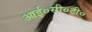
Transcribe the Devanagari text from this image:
आई०सी०टी०